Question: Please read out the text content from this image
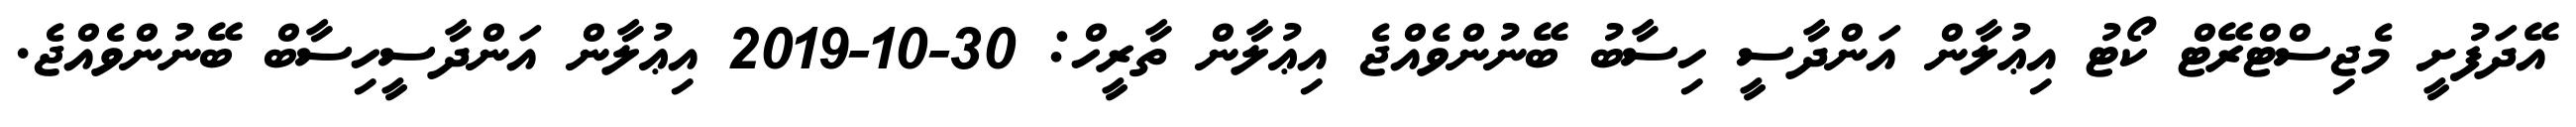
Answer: އޭދަފުށީ މެޖިސްޓްރޭޓް ކޯޓު އިޢުލާން އަންދާސީ ހިސާބު ބޭނުންވެއްޖެ އިޢުލާން ތާރީހް: 30-10-2019 އިޢުލާން އަންދާސީހިސާބް ބޭނުންވެއްޖެ.